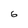
Character: G